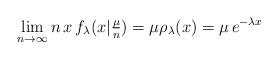
LaTeX: \begin{align*}\lim_{n\to\infty}n\, x\, f_\lambda(x|\tfrac{\mu}{n}) &= \mu \rho_\lambda(x) = \mu\, e^{-\lambda x}\end{align*}